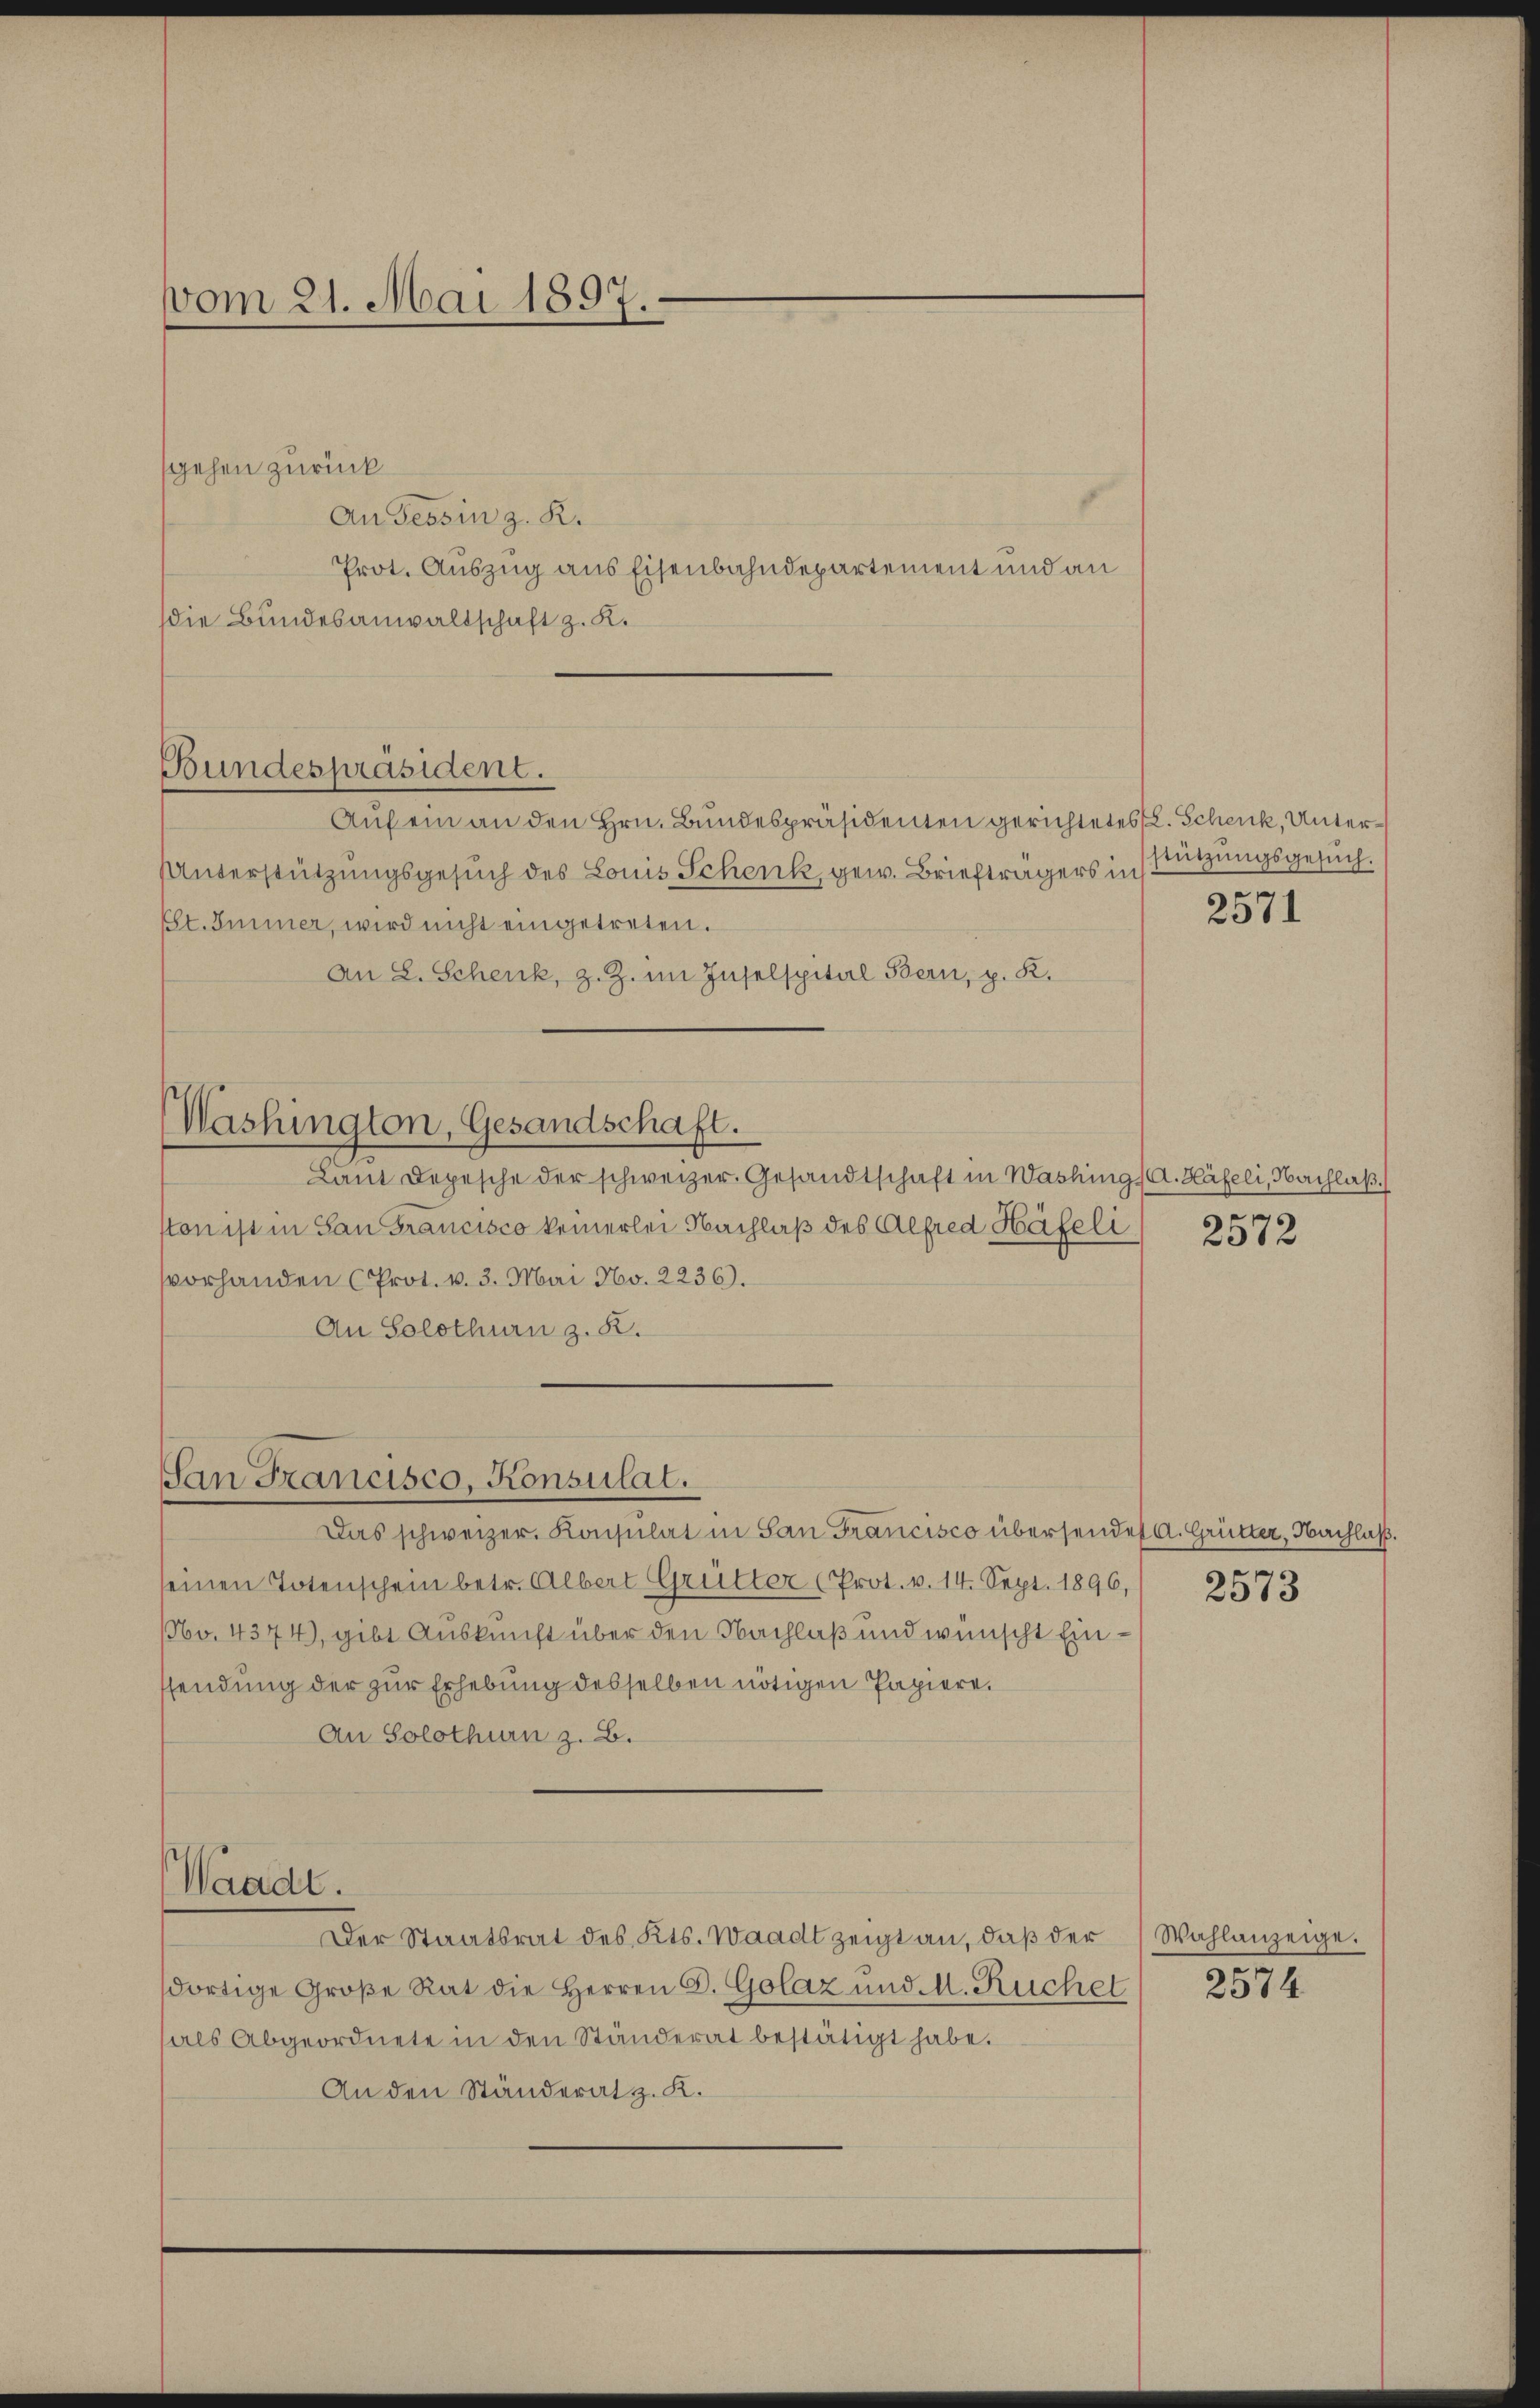
vom 21. Mai 1897.

Bundespräsident.

gehen zurück
An Tessin z. R.
Prot. Auszug aus Eisenbahndepartement und an
die Bundesanwaltschaft z. K.
Auf ein an den Hrn. Bundespräsidenten gerichtetes L. Schenk, Unter¬
Unterstützungsgesuch des Louis Schenk gew. Briefträgers in Fügungsgesuch.
Est. Immer, wird nicht eingetreten.
An L. Schenk, z. Z. im Inselspital Bern, p. K.
Washington, Gesandschaft.
Laut Depesche der schweizer. Gesandtschaft in Washings A. Häfeli, Nachlaß
ston ist in San Francisco keinerlei Nachlaß des Alfred Häfeli
vorhanden (Prot. v. 3. Mai No. 2236).
An Solothurn z. B.

San Francisco, Konsulat.

Das schweizer. Konsulat in San Francisco übersendet A. Grütter, Nachlaß.
seinen Totenschein betr. Albert Grütter (Prot. v. 14. Sept. 1896, 2573
160. 4374), gibt Auskunft über den Nachlaß und wünscht Einsendung der zur Erhebung desselben nötigen Papiere.
An Solothurn z. B.
Waadt.
Der Staatsrat des Kts. Waadt zeigt an, daß der
dortige Große Rat die Herren S. Golaz und M. Ruchel
als Abgeordnete in den Ständerat bestätigt habe.
An den Ständerat z. K.

2571

2572

Wahlanzeige.

2574